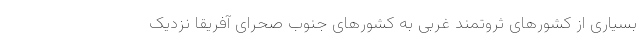
بسیاری از کشورهای ثروتمند غربی به کشورهای جنوب صحرای آفریقا نزدیک